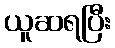
ယူဆရပြီး